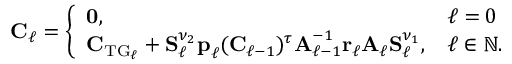
\begin{array} { r } { \boldsymbol { \mathbf { C } } _ { \ell } = \left\{ \begin{array} { l l } { \boldsymbol { \mathbf { 0 } } , } & { \ell = 0 } \\ { \boldsymbol { \mathbf { C } } _ { \mathrm { T G } _ { \ell } } + \boldsymbol { \mathbf { S } } _ { \ell } ^ { \nu _ { 2 } } \boldsymbol { \mathbf { p } } _ { \ell } ( \boldsymbol { \mathbf { C } } _ { \ell - 1 } ) ^ { \tau } \boldsymbol { \mathbf { A } } _ { \ell - 1 } ^ { - 1 } \boldsymbol { \mathbf { r } } _ { \ell } \boldsymbol { \mathbf { A } } _ { \ell } \boldsymbol { \mathbf { S } } _ { \ell } ^ { \nu _ { 1 } } , } & { \ell \in \mathbb { N } . } \end{array} \right. } \end{array}